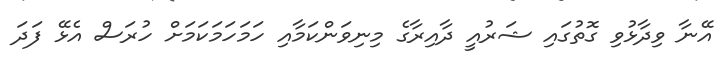
އޭނާ ވިދާޅުވި ގޮތުގައި ޝަރުއީ ދާއިރާގެ މިނިވަންކަމާއި ހަމަހަމަކަމަށް ހުރަސް އެޅޭ ފަދަ